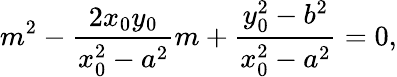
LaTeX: m^{2}-{\frac{2x_{0}y_{0}}{x_{0}^{2}-a^{2}}}m+{\frac{y_{0}^{2}-b^{2}}{x_{0}^{2}-a^{2}}}=0,